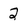
Character: 2